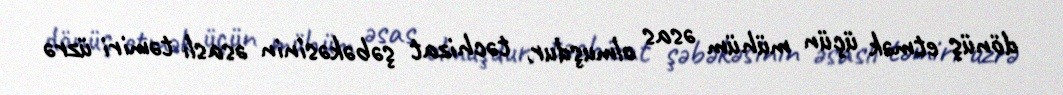
dönüş etmək üçün mühüm əsas olmuşdur, təchizat şəbəkəsinin əsaslı təmiri üzrə